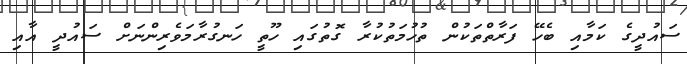
ސައުދީގެ ކަމާއި ބެހޭ ފަރާތްތަކުން ތުހުމަތުކުރާ ގޮތުގައި ހޫތީ ހަނގުރާމަވެރިންނަށް ސައުދީ އާއި